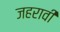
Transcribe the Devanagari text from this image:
जहरावी